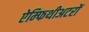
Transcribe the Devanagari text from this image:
ऐम्फिथीअटरों